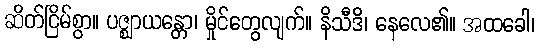
ဆိတ်ငြိမ်စွာ။ ပဇ္ဈာယန္တော၊ မှိုင်တွေလျက်။ နိသီဒိ၊ နေလေ၏။ အထခေါ၊